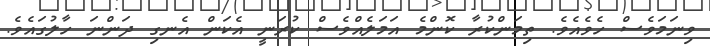
ވިނަމަވެސް ހެވެއެވެ. ތިމަންކުރާ ކޮންމެ އަމަލެއްވެސް ކުރަނީ އެކަން އެނގި ދަންނަ ހާލުގައެވެެ.